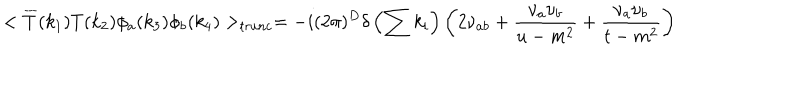
LaTeX: < \overline { { { T } } } ( k _ { 1 } ) T ( k _ { 2 } ) \phi _ { a } ( k _ { 3 } ) \phi _ { b } ( k _ { 4 } ) > _ { t r u n c } = - i ( 2 \pi ) ^ { D } \delta \left( \sum k _ { i } \right) \left( 2 \nu _ { a b } + \frac { \nu _ { a } \nu _ { b } } { u - m ^ { 2 } } + \frac { \nu _ { a } \nu _ { b } } { t - m ^ { 2 } } \right)